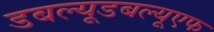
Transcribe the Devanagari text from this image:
डबल्यूडबल्यूएफ